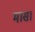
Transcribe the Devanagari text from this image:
मास।